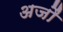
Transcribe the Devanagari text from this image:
अजौं